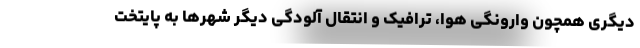
دیگری همچون وارونگی هوا، ترافیک و انتقال آلودگی دیگر شهرها به پایتخت